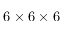
6 \times 6 \times 6